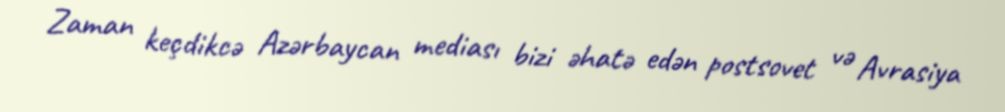
Zaman keçdikcə Azərbaycan mediası bizi əhatə edən postsovet və Avrasiya